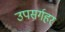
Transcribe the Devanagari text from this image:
उपसर्गहर